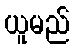
ယူမည်